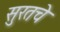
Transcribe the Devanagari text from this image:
सुरतचे